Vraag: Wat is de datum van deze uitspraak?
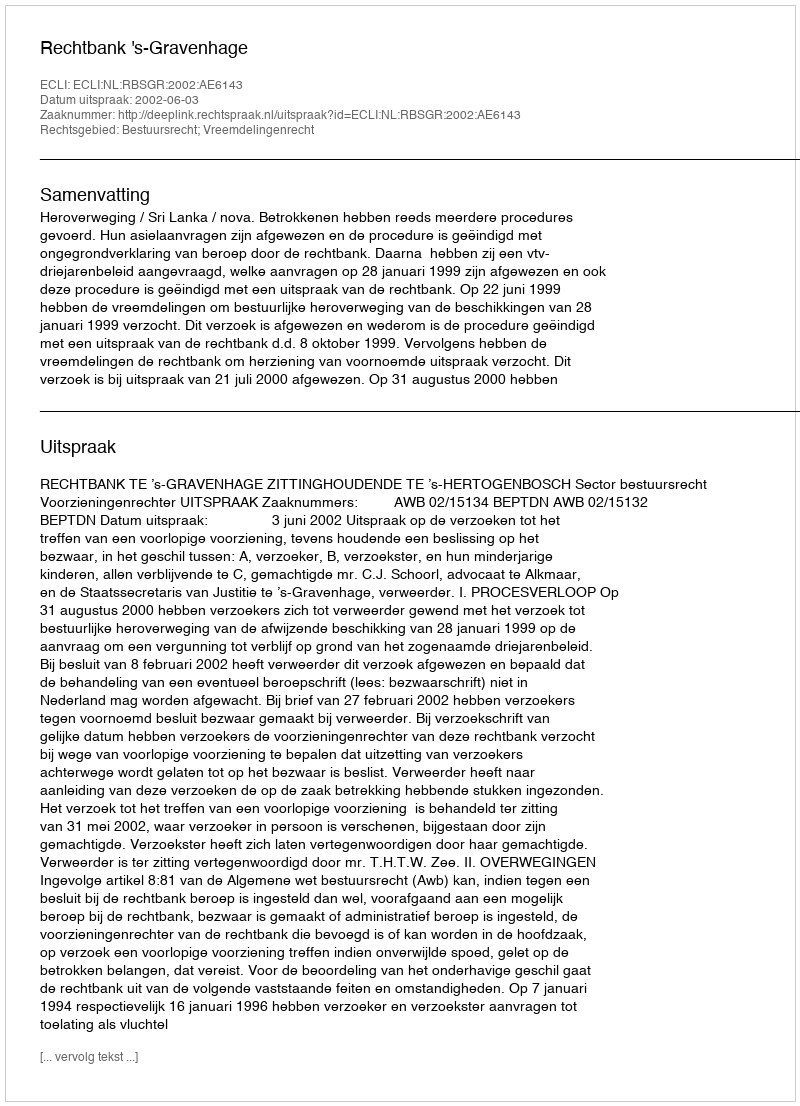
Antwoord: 2002-06-03